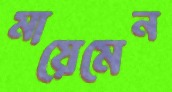
মায়েমেন